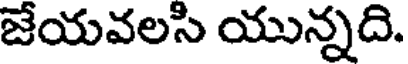
జేయవలసి యున్నది.